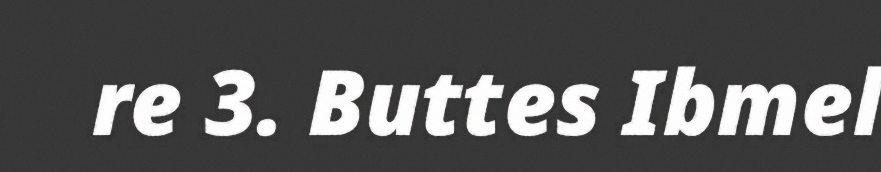
re 3. Buttes Ibmel